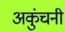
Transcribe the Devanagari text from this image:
अकुंचनी